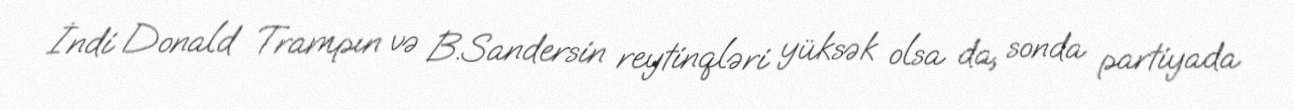
İndi Donald Trampın və B.Sandersin reytinqləri yüksək olsa da, sonda partiyada